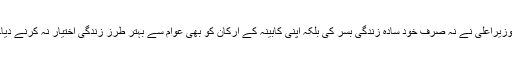
وزیراعلیٰ نے نہ صرف خود سادہ زندگی بسر کی بلکہ اپنی کابینہ کے ارکان کو بھی عوام سے بہتر طرزِ زندگی اختیار نہ کرنے دیا۔